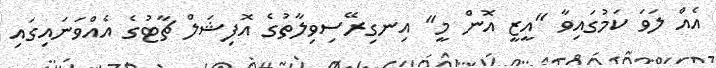
އެއް ލަވަ ކަމުގައިވާ "އީޒީ އޮން މީ" އިނގިރޭސިވިލާތުގެ އޮފިޝަލް ޗާޓުގެ އެއްވަނައިގައި